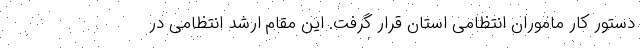
دستور کار ماموران انتظامی استان قرار گرفت. این مقام ارشد انتظامی در